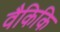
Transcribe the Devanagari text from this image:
वैकिकि